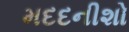
મદદનીશો